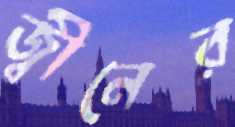
জ্বীনের